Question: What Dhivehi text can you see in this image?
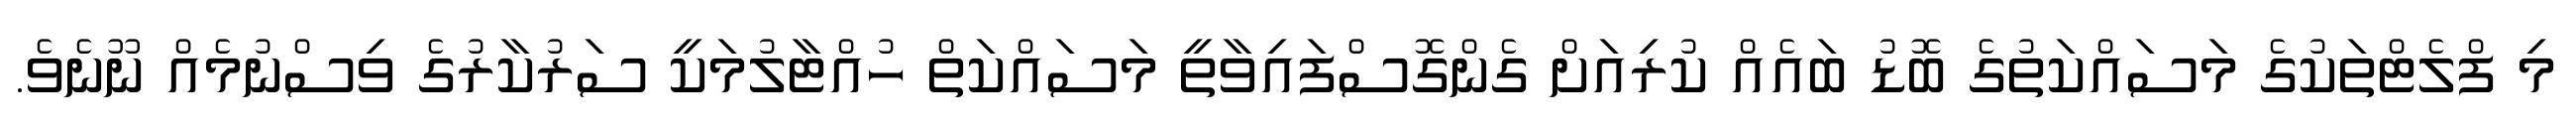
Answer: މި ފްލެޓްތަކުގެ މަސައްކަތުގެ ބޮޑު ބައެއް ކުރިއަށް ގެންގޮސްފައިވާތީ މަސައްކަތް ހުއްޓާލުމަކީ ސަރުކާރުގެ ވިސްނުމެއް ނޫނެވެ.